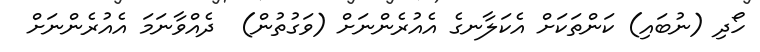
ހޯދި (ނުބައި) ކަންތަކަށް އެކަލާނގެ އެއުރެންނަށް (ވަގުތުން)  ދެއްވާނަމަ އެއުރެންނަށް